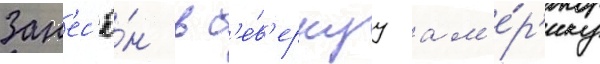
Зан'ес'ё́н в с'е́в'ернуу ам'е́р'ику